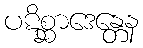
ပဋိစ္ဆာဒေန္တေန